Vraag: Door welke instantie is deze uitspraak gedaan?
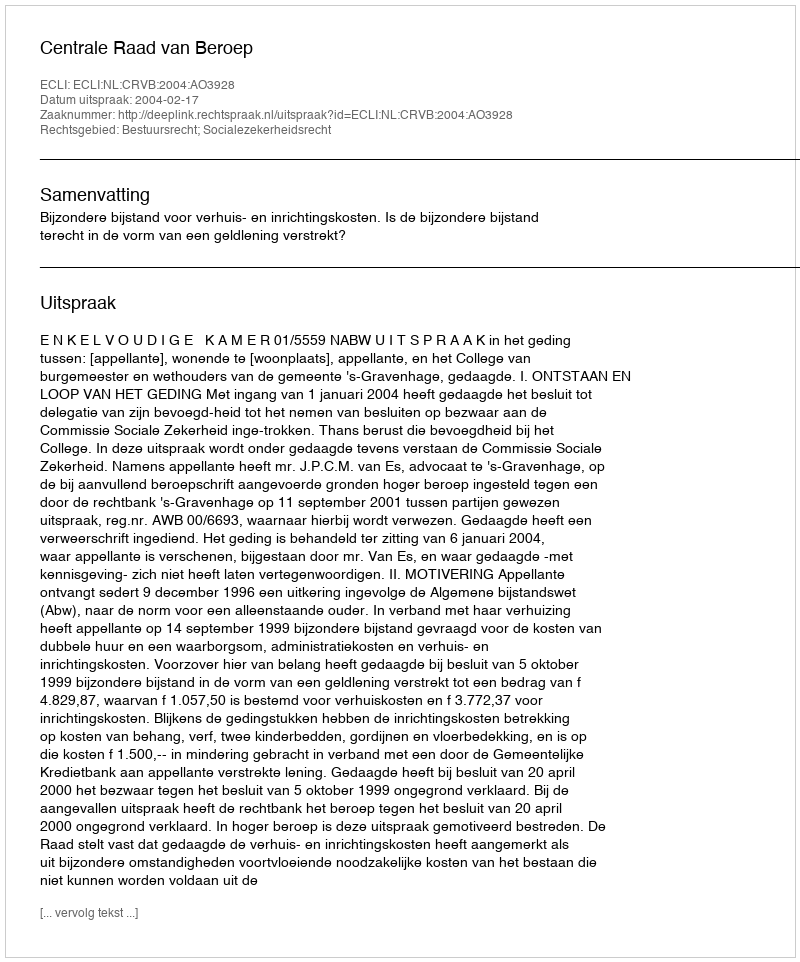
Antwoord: Centrale Raad van Beroep